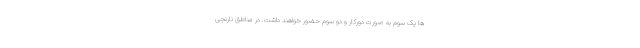
ها یک سوم به صورت دورکار و دو سوم حضور خواهند داشت. در مناطق نارنجی